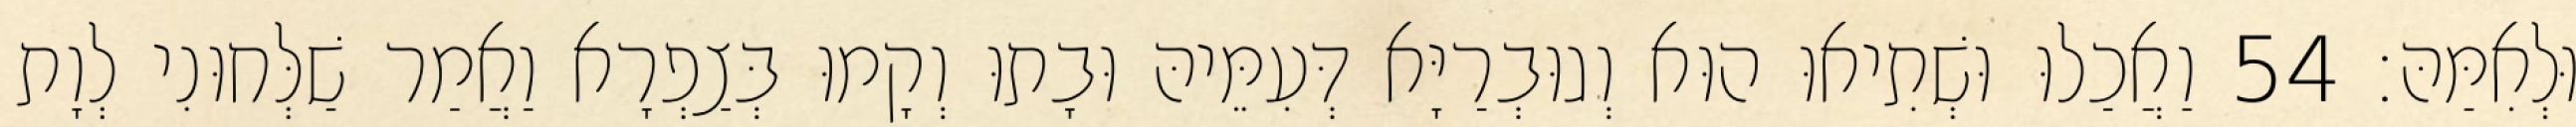
וּלְאִמַּהּ׃ 54 וַאֲכַלוּ וּשְׁתִיאוּ הוּא וְגוּבְרַיָּא דְּעִמֵּיהּ וּבָתוּ וְקָמוּ בְּצַפְרָא וַאֲמַר שַׁלְּחוּנִי לְוָת